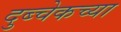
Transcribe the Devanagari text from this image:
दुब्चेकच्या